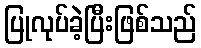
ပြုလုပ်ခဲ့ပြီးဖြစ်သည်